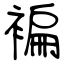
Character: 褊